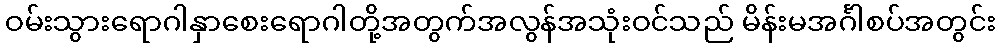
ဝမ်းသွားရောဂါနှာစေးရောဂါတို့အတွက်အလွန်အသုံးဝင်သည် မိန်းမအင်္ဂါစပ်အတွင်း